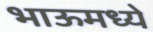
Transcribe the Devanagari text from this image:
भाऊमध्ये